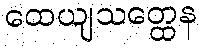
ထေယျသတ္ထေန